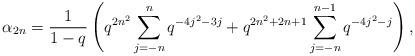
LaTeX: \begin{align*} \alpha_{2n} = \frac{1}{1-q}\left(q^{2n^2}\sum_{j=-n}^{n}q^{-4j^2-3j} + q^{2n^2+2n+1}\sum_{j=-n}^{n-1}q^{-4j^2-j}\right), \end{align*}